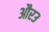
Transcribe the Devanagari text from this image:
और३